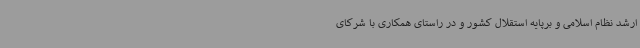
ارشد نظام اسلامی و برپایه استقلال کشور و در راستای همکاری با شرکای